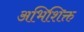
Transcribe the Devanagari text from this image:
अभिशिक्त